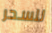
للسحر